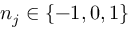
n _ { j } \in \{ - 1 , 0 , 1 \}